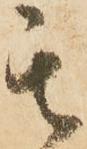
其